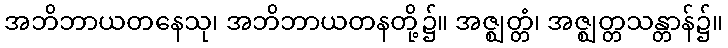
အဘိဘာယတနေသု၊ အဘိဘာယတနတို့၌။ အဇ္ဈတ္တံ၊ အဇ္ဈတ္တသန္တာန်၌။